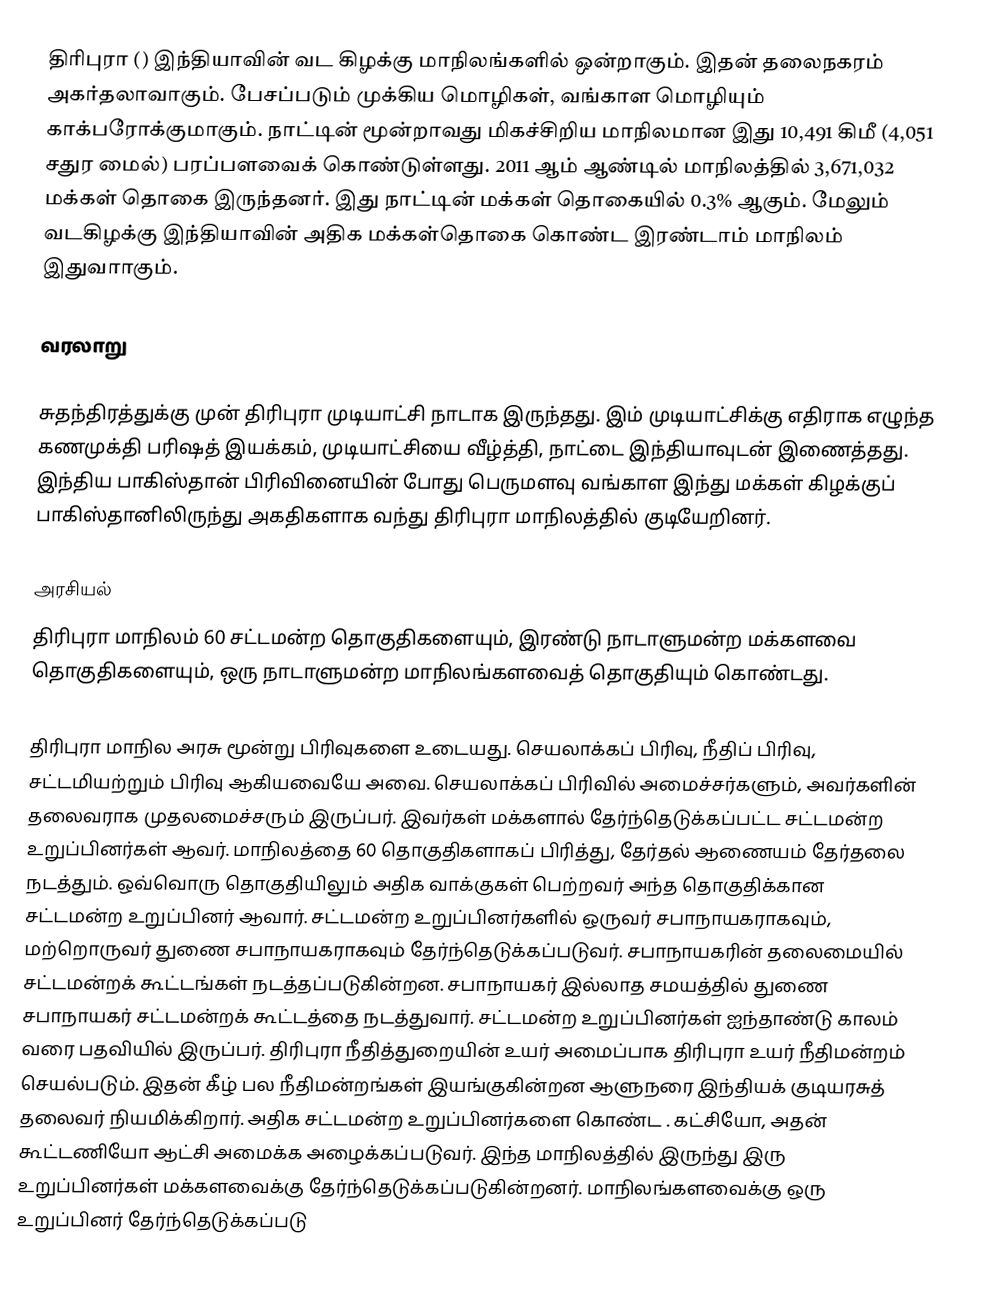
திரிபுரா () இந்தியாவின் வட கிழக்கு மாநிலங்களில் ஒன்றாகும். இதன் தலைநகரம் அகர்தலாவாகும். பேசப்படும் முக்கிய மொழிகள், வங்காள மொழியும் காக்பரோக்குமாகும். நாட்டின் மூன்றாவது மிகச்சிறிய மாநிலமான இது 10,491 கிமீ (4,051 சதுர மைல்) பரப்பளவைக் கொண்டுள்ளது. 2011 ஆம் ஆண்டில் மாநிலத்தில் 3,671,032 மக்கள் தொகை இருந்தனர். இது நாட்டின் மக்கள் தொகையில் 0.3% ஆகும். மேலும்  வடகிழக்கு இந்தியாவின் அதிக மக்கள்தொகை கொண்ட இரண்டாம் மாநிலம் இதுவாாகும்.

வரலாறு

சுதந்திரத்துக்கு முன் திரிபுரா முடியாட்சி நாடாக இருந்தது. இம் முடியாட்சிக்கு எதிராக எழுந்த கணமுக்தி பரிஷத் இயக்கம், முடியாட்சியை வீழ்த்தி, நாட்டை இந்தியாவுடன் இணைத்தது. இந்திய பாகிஸ்தான் பிரிவினையின் போது பெருமளவு வங்காள இந்து மக்கள் கிழக்குப் பாகிஸ்தானிலிருந்து அகதிகளாக வந்து திரிபுரா மாநிலத்தில் குடியேறினர்.

அரசியல்
திரிபுரா மாநிலம் 60 சட்டமன்ற தொகுதிகளையும், இரண்டு நாடாளுமன்ற மக்களவை தொகுதிகளையும், ஒரு நாடாளுமன்ற மாநிலங்களவைத் தொகுதியும் கொண்டது.

திரிபுரா மாநில அரசு மூன்று பிரிவுகளை உடையது. செயலாக்கப் பிரிவு, நீதிப் பிரிவு, சட்டமியற்றும் பிரிவு ஆகியவையே அவை. செயலாக்கப் பிரிவில் அமைச்சர்களும், அவர்களின் தலைவராக முதலமைச்சரும் இருப்பர். இவர்கள் மக்களால் தேர்ந்தெடுக்கப்பட்ட சட்டமன்ற உறுப்பினர்கள் ஆவர். மாநிலத்தை 60 தொகுதிகளாகப் பிரித்து, தேர்தல் ஆணையம் தேர்தலை நடத்தும். ஒவ்வொரு தொகுதியிலும் அதிக வாக்குகள் பெற்றவர் அந்த தொகுதிக்கான சட்டமன்ற உறுப்பினர் ஆவார். சட்டமன்ற உறுப்பினர்களில் ஒருவர் சபாநாயகராகவும், மற்றொருவர் துணை சபாநாயகராகவும் தேர்ந்தெடுக்கப்படுவர். சபாநாயகரின் தலைமையில் சட்டமன்றக் கூட்டங்கள் நடத்தப்படுகின்றன. சபாநாயகர் இல்லாத சமயத்தில் துணை சபாநாயகர் சட்டமன்றக் கூட்டத்தை நடத்துவார். சட்டமன்ற உறுப்பினர்கள் ஐந்தாண்டு காலம் வரை பதவியில் இருப்பர். திரிபுரா நீதித்துறையின் உயர் அமைப்பாக திரிபுரா உயர் நீதிமன்றம் செயல்படும். இதன் கீழ் பல நீதிமன்றங்கள் இயங்குகின்றன ஆளுநரை இந்தியக் குடியரசுத் தலைவர் நியமிக்கிறார். அதிக சட்டமன்ற உறுப்பினர்களை கொண்ட . கட்சியோ, அதன் கூட்டணியோ ஆட்சி அமைக்க அழைக்கப்படுவர். இந்த மாநிலத்தில் இருந்து இரு உறுப்பினர்கள் மக்களவைக்கு தேர்ந்தெடுக்கப்படுகின்றனர். மாநிலங்களவைக்கு ஒரு உறுப்பினர் தேர்ந்தெடுக்கப்படு